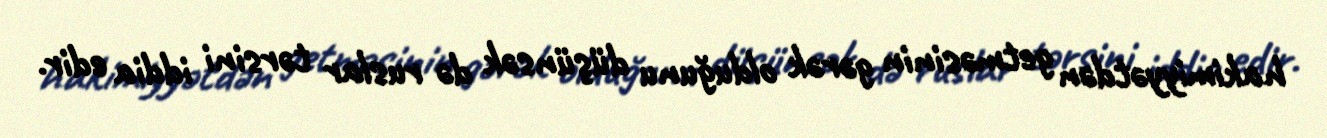
hakimiyyətdən getməsinin gərək olduğunu düşünsək də ruslar tərsini iddia edir.